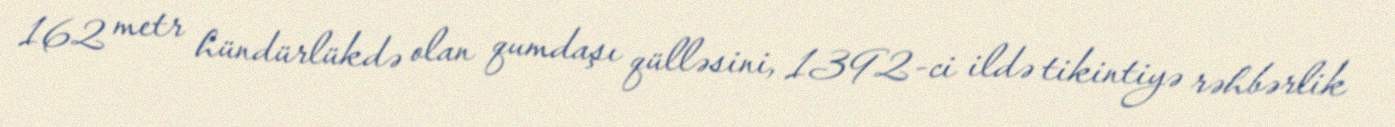
162 metr hündürlükdə olan qumdaşı qülləsini, 1392-ci ildə tikintiyə rəhbərlik